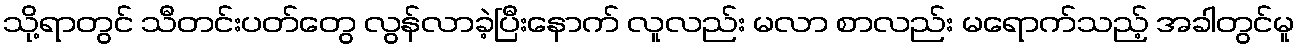
သို့ရာတွင် သီတင်းပတ်တွေ လွန်လာခဲ့ပြီးနောက် လူလည်း မလာ စာလည်း မရောက်သည့် အခါတွင်မူ